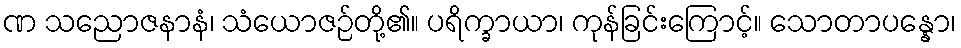
ဏ သညောဇနာနံ၊ သံယောဇဉ်တို့၏။ ပရိက္ခာယာ၊ ကုန်ခြင်းကြောင့်။ သောတာပန္နော၊